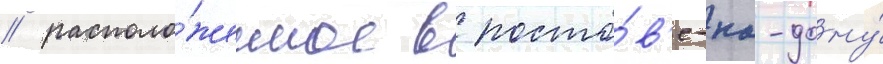
/ располо́женное в росто́в'е-на-дону́